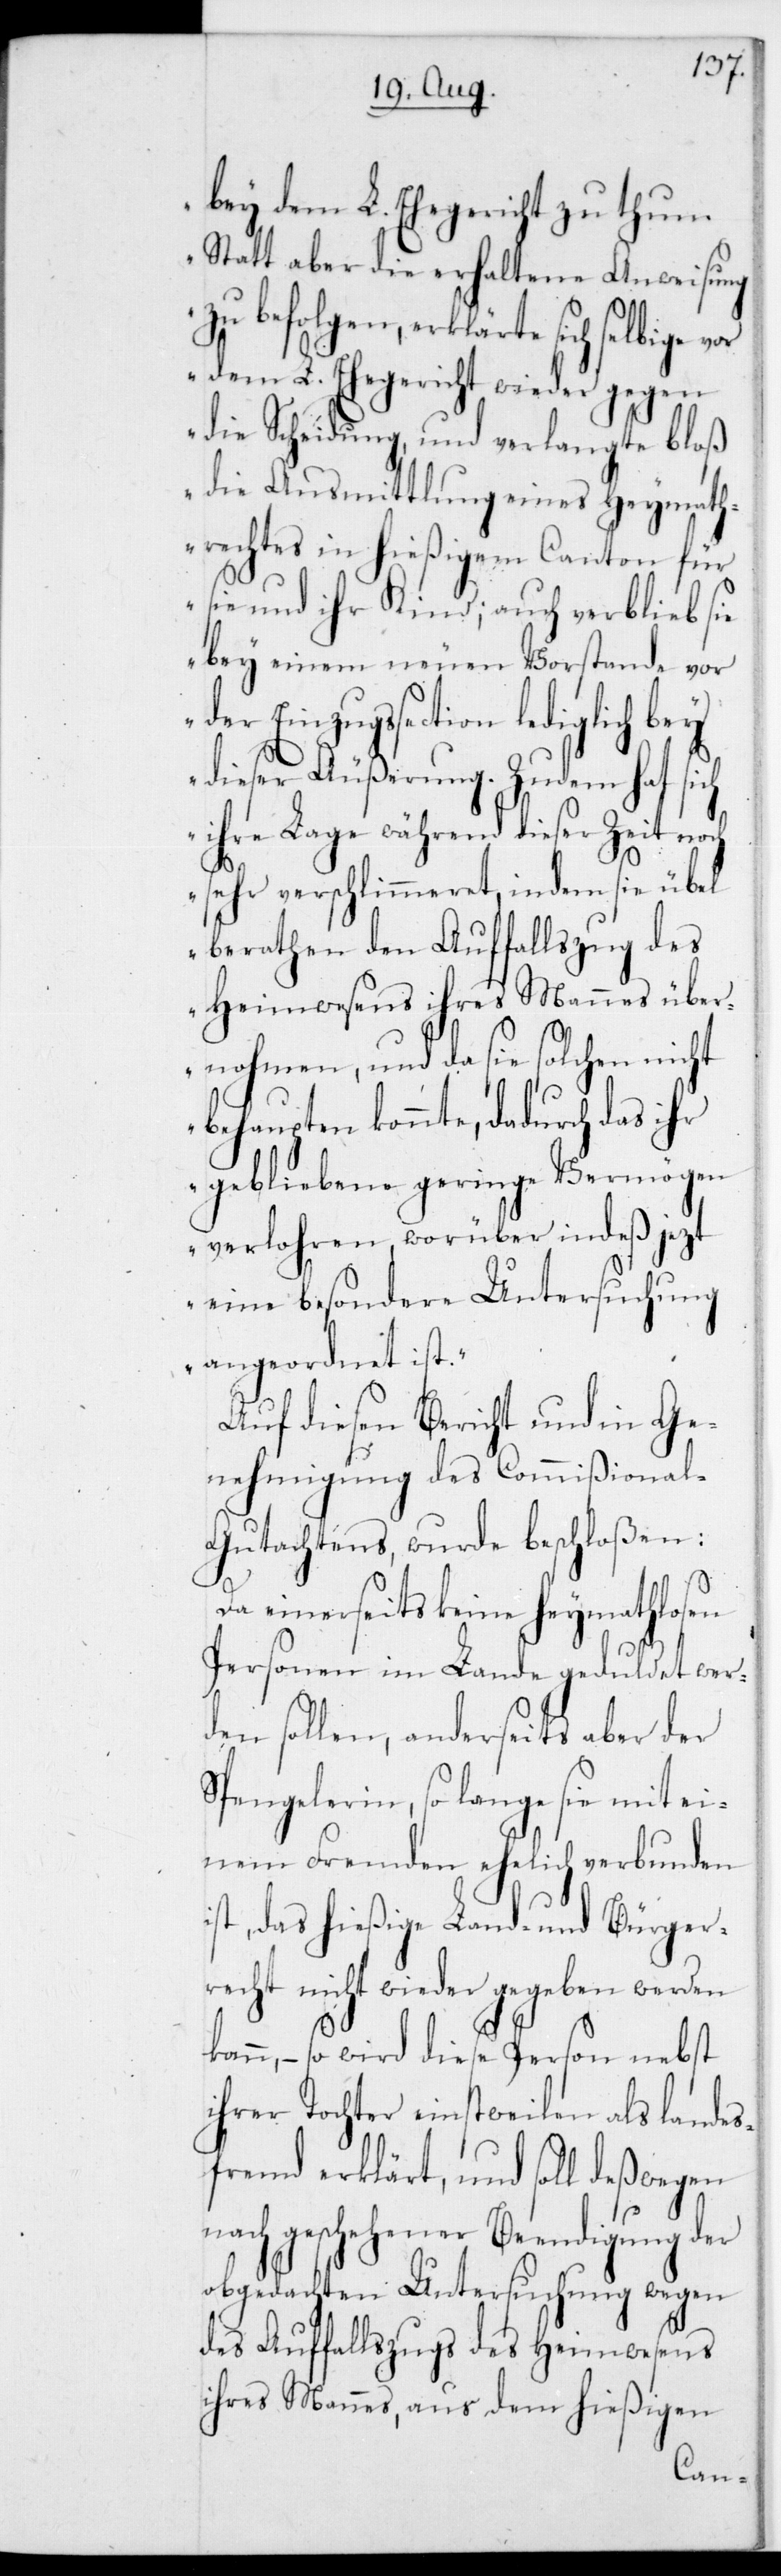
bey dem L. Ehegericht zu thun.
Statt aber die erhaltene Anweisung
zu befolgen, erklärte sich selbige vor
dem L. Ehegericht wieder gegen
die Scheidung und verlangte bloß
die Ausmittlung eines Heymath¬
rechtes in hießigem Canton für
sie und ihr Kind; auch verblieb sie
bey einem neuen Vorstande vor
der Einzugssection lediglich bey
dieser Äußerung. Zudem hat sich
ihre Lage während dieser Zeit noch
sehr verschlimmeret, indem sie übel
berathen den Auffallszug des
Heimwesens ihres Mannes über¬
nohmen, und da sie solchen nicht
behaupten konnte, dadurch das ihr
gebliebene geringe Vermögen
verlohren, worüber indeß jezt
eine besondere Untersuchung
angeordnet ist.“
Auf diesen Bericht und in Ge¬
nehmigung des Commißiona¬
l-Gutachtens, wurde beschloßen:
Da einerseits keine Heymathlosen
Personen im Lande geduldet wer¬
den sollen, anderseits aber der
Spengelerin, so lange sie mit ei¬
nem Fremden ehelich verbunden
ist, das hießige Land- und Bürgerr¬
echt nicht wieder gegeben werden
n, – so wird diese Person nebst
ihrer Tochter einstweilen als landes¬
fremd erklärt, und soll deßwegen
nach geschehener Beendigung der
obgedachten Untersuchung wegen
des Auffallszugs des Heimwesens
ihres Mannes, aus dem hießigen
kan¬